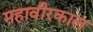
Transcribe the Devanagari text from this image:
महावीरकाल